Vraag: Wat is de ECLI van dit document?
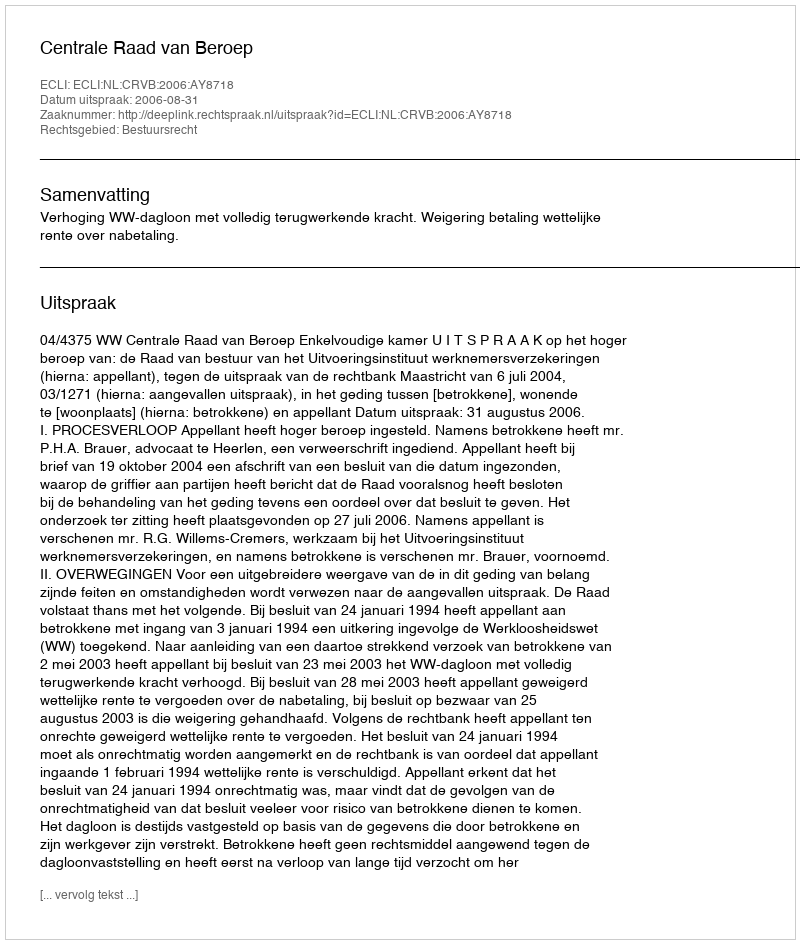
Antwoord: ECLI:NL:CRVB:2006:AY8718